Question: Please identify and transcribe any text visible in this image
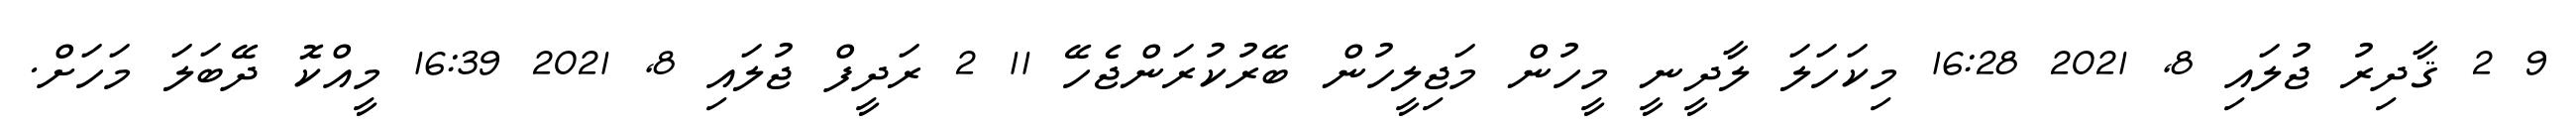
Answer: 9 2 ޤާދިރު ޖުލައި 8, 2021 16:28 މިކަހަލަ ލާދީނީ މީހުން މަޖިލީހުން ބޭރުކުރަންޖެހޭ 11 2 ރަދީފް ޖުލައި 8, 2021 16:39 މީއްކޮ ދޭބަލަ މަހަށް.